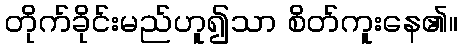
တိုက်ခိုင်းမည်ဟူ၍သာ စိတ်ကူးနေ၏။